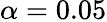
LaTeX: \alpha=0.05